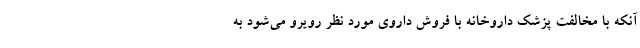
آنکه با مخالفت پزشک داروخانه با فروش داروی مورد نظر رویرو می‌شود به